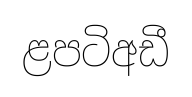
ළපටිඅඩී